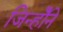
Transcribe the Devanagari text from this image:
जिन्होँने